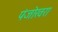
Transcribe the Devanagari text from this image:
पंजोखरा